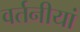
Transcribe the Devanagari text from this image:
वर्तनीयां